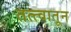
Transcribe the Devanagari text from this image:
तत्त्वातून